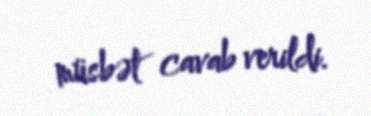
müsbət cavab verildi.